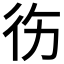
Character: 𱝮